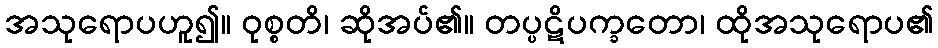
အသုရောပဟူ၍။ ဝုစ္စတိ၊ ဆိုအပ်၏။ တပ္ပဋိပက္ခတော၊ ထိုအသုရောပ၏